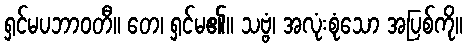
ရှင်မပဘာဝတီ။ တေ၊ ရှင်မ၏။ သဗ္ဗံ၊ အလုံးစုံသော အပြစ်ကို။